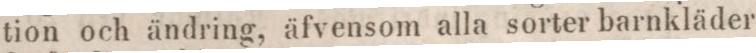
tion och ändring, äfvensom alla sorter barnkläder